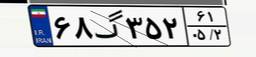
۶۸گ۳۵۲۶۱